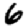
Digit: 6